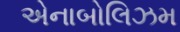
એનાબોલિઝમ